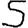
Digit: 5